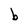
Character: b